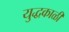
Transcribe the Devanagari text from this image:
युद्धकाळी